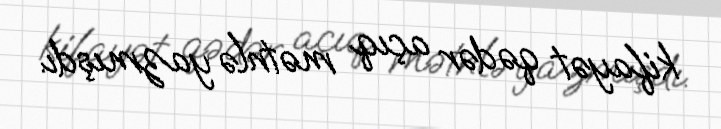
kifayət qədər açıq mətnlə yazmışdı.